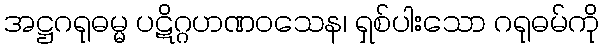
အဋ္ဌဂရုဓမ္မ ပဋိဂ္ဂဟဏဝသေန၊ ရှစ်ပါးသော ဂရုဓမ်ကို